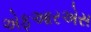
એફઆરએસ